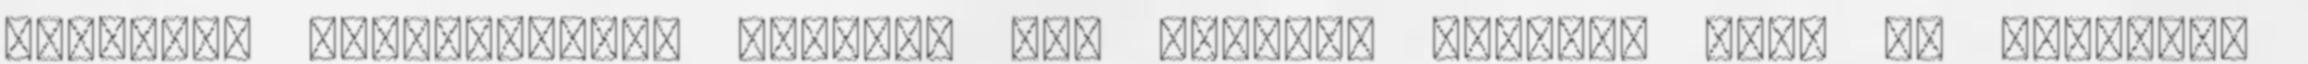
Ajánljuk mindazoknak, akiknek sok pakolni valójuk van, és szeretik